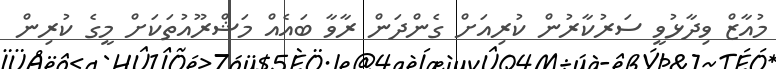
މުއާޒް ވިދާޅުވީ ސަރުކާރުން ކުރިއަށް ގެންދަން ރާވާ ބައެއް މަޝްރޫއުތަކަށް މީގެ ކުރިން